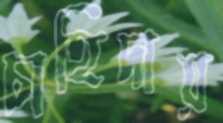
চাহিদায়